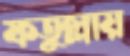
ফতুল্লায়